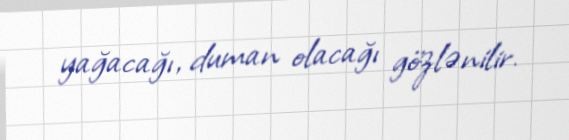
yağacağı, duman olacağı gözlənilir.